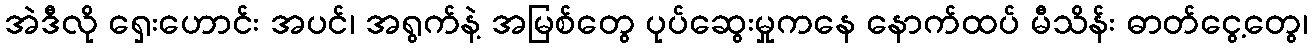
အဲဒီလို ရှေးဟောင်း အပင်၊ အရွက်နဲ့ အမြစ်တွေ ပုပ်ဆွေးမှုကနေ နောက်ထပ် မီသိန်း ဓာတ်ငွေ့တွေ၊